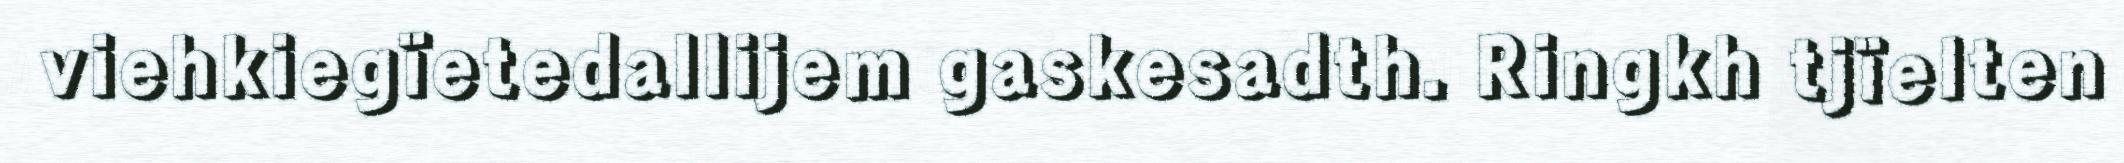
viehkiegïetedallijem gaskesadth. Ringkh tjïelten